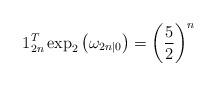
LaTeX: \begin{align*} 1^T_{2n}\exp_2\left(\omega_{2n|0}\right) = \left(\frac{5}{2}\right)^n \end{align*}